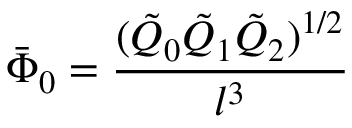
\bar { \Phi } _ { 0 } = \frac { ( \tilde { Q } _ { 0 } \tilde { Q } _ { 1 } \tilde { Q } _ { 2 } ) ^ { 1 / 2 } } { l ^ { 3 } }